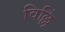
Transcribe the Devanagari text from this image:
विल्लिं